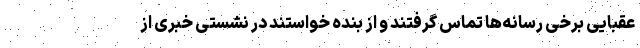
عقبایی برخی رسانه‌ها تماس گرفتند و از بنده خواستند در نشستی خبری از